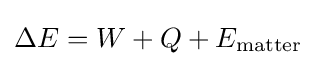
\Delta E=W+Q+E_{\text{matter}}